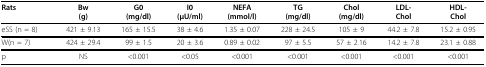
<table><thead><tr><td><b>Rats</b></td><td><b>Bw(g)</b></td><td><b>G0 (mg/dl)</b></td><td><b>I0(μU/ml)</b></td><td><b>NEFA(mmol/l)</b></td><td><b>TG(mg/dl)</b></td><td><b>Chol(mg/dl)</b></td><td><b>LDL-Chol</b></td><td><b>HDL-Chol</b></td></tr></thead><tbody><tr><td>eSS (n = 8)</td><td>421 ± 9.13</td><td>165 ± 15.5</td><td>38 ± 4.6</td><td>1.35 ± 0.07</td><td>228 ± 24.5</td><td>105 ± 9</td><td>44.2 ± 7.8</td><td>15.2 ± 0.95</td></tr><tr><td>W(n = 7)</td><td>424 ± 29.4</td><td>99 ± 1.5</td><td>20 ± 3.6</td><td>0.89 ± 0.02</td><td>97 ± 5.5</td><td>57 ± 2.16</td><td>14.2 ± 7.8</td><td>23.1 ± 0.88</td></tr><tr><td>p</td><td>NS</td><td>&lt;0.001</td><td>&lt;0.05</td><td>&lt;0.001</td><td>&lt;0.001</td><td>&lt;0.001</td><td>&lt;0.001</td><td>&lt;0.001</td></tr></tbody></table>